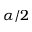
\alpha / 2